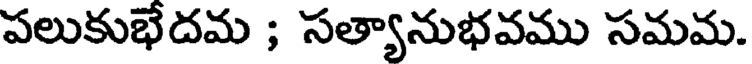
పలుకుభేదమ ; సత్యానుభవము సమమ.